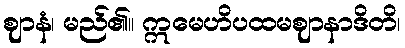
ဈာနံ၊ မည်၏။ ဣမေဟိပထမဈာနာဒိတိ၊